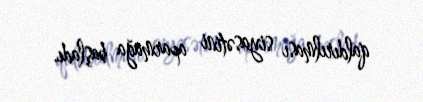
qaldırılması siyasətini aparmağa başladı.